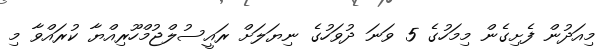
މިއަދުން ފެށިގެން މިމަހުގެ 5 ވަނަ ދުވަހުގެ ނިޔަލަށް ރައީސުލްޖުމްހޫރިއްޔާ ކުރައްވާ މި